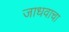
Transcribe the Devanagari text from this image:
जाधवाचा